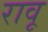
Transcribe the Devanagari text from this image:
रावू